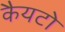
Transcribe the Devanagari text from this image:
कैयटो